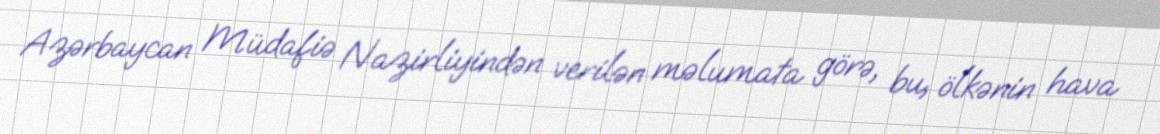
Azərbaycan Müdafiə Nazirliyindən verilən məlumata görə, bu, ölkənin hava